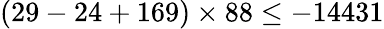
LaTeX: (29-24+169)\times 88\leq-14431